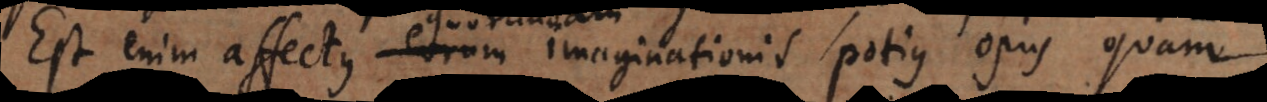
Est enim affectus eorum imaginationi potius opus quam